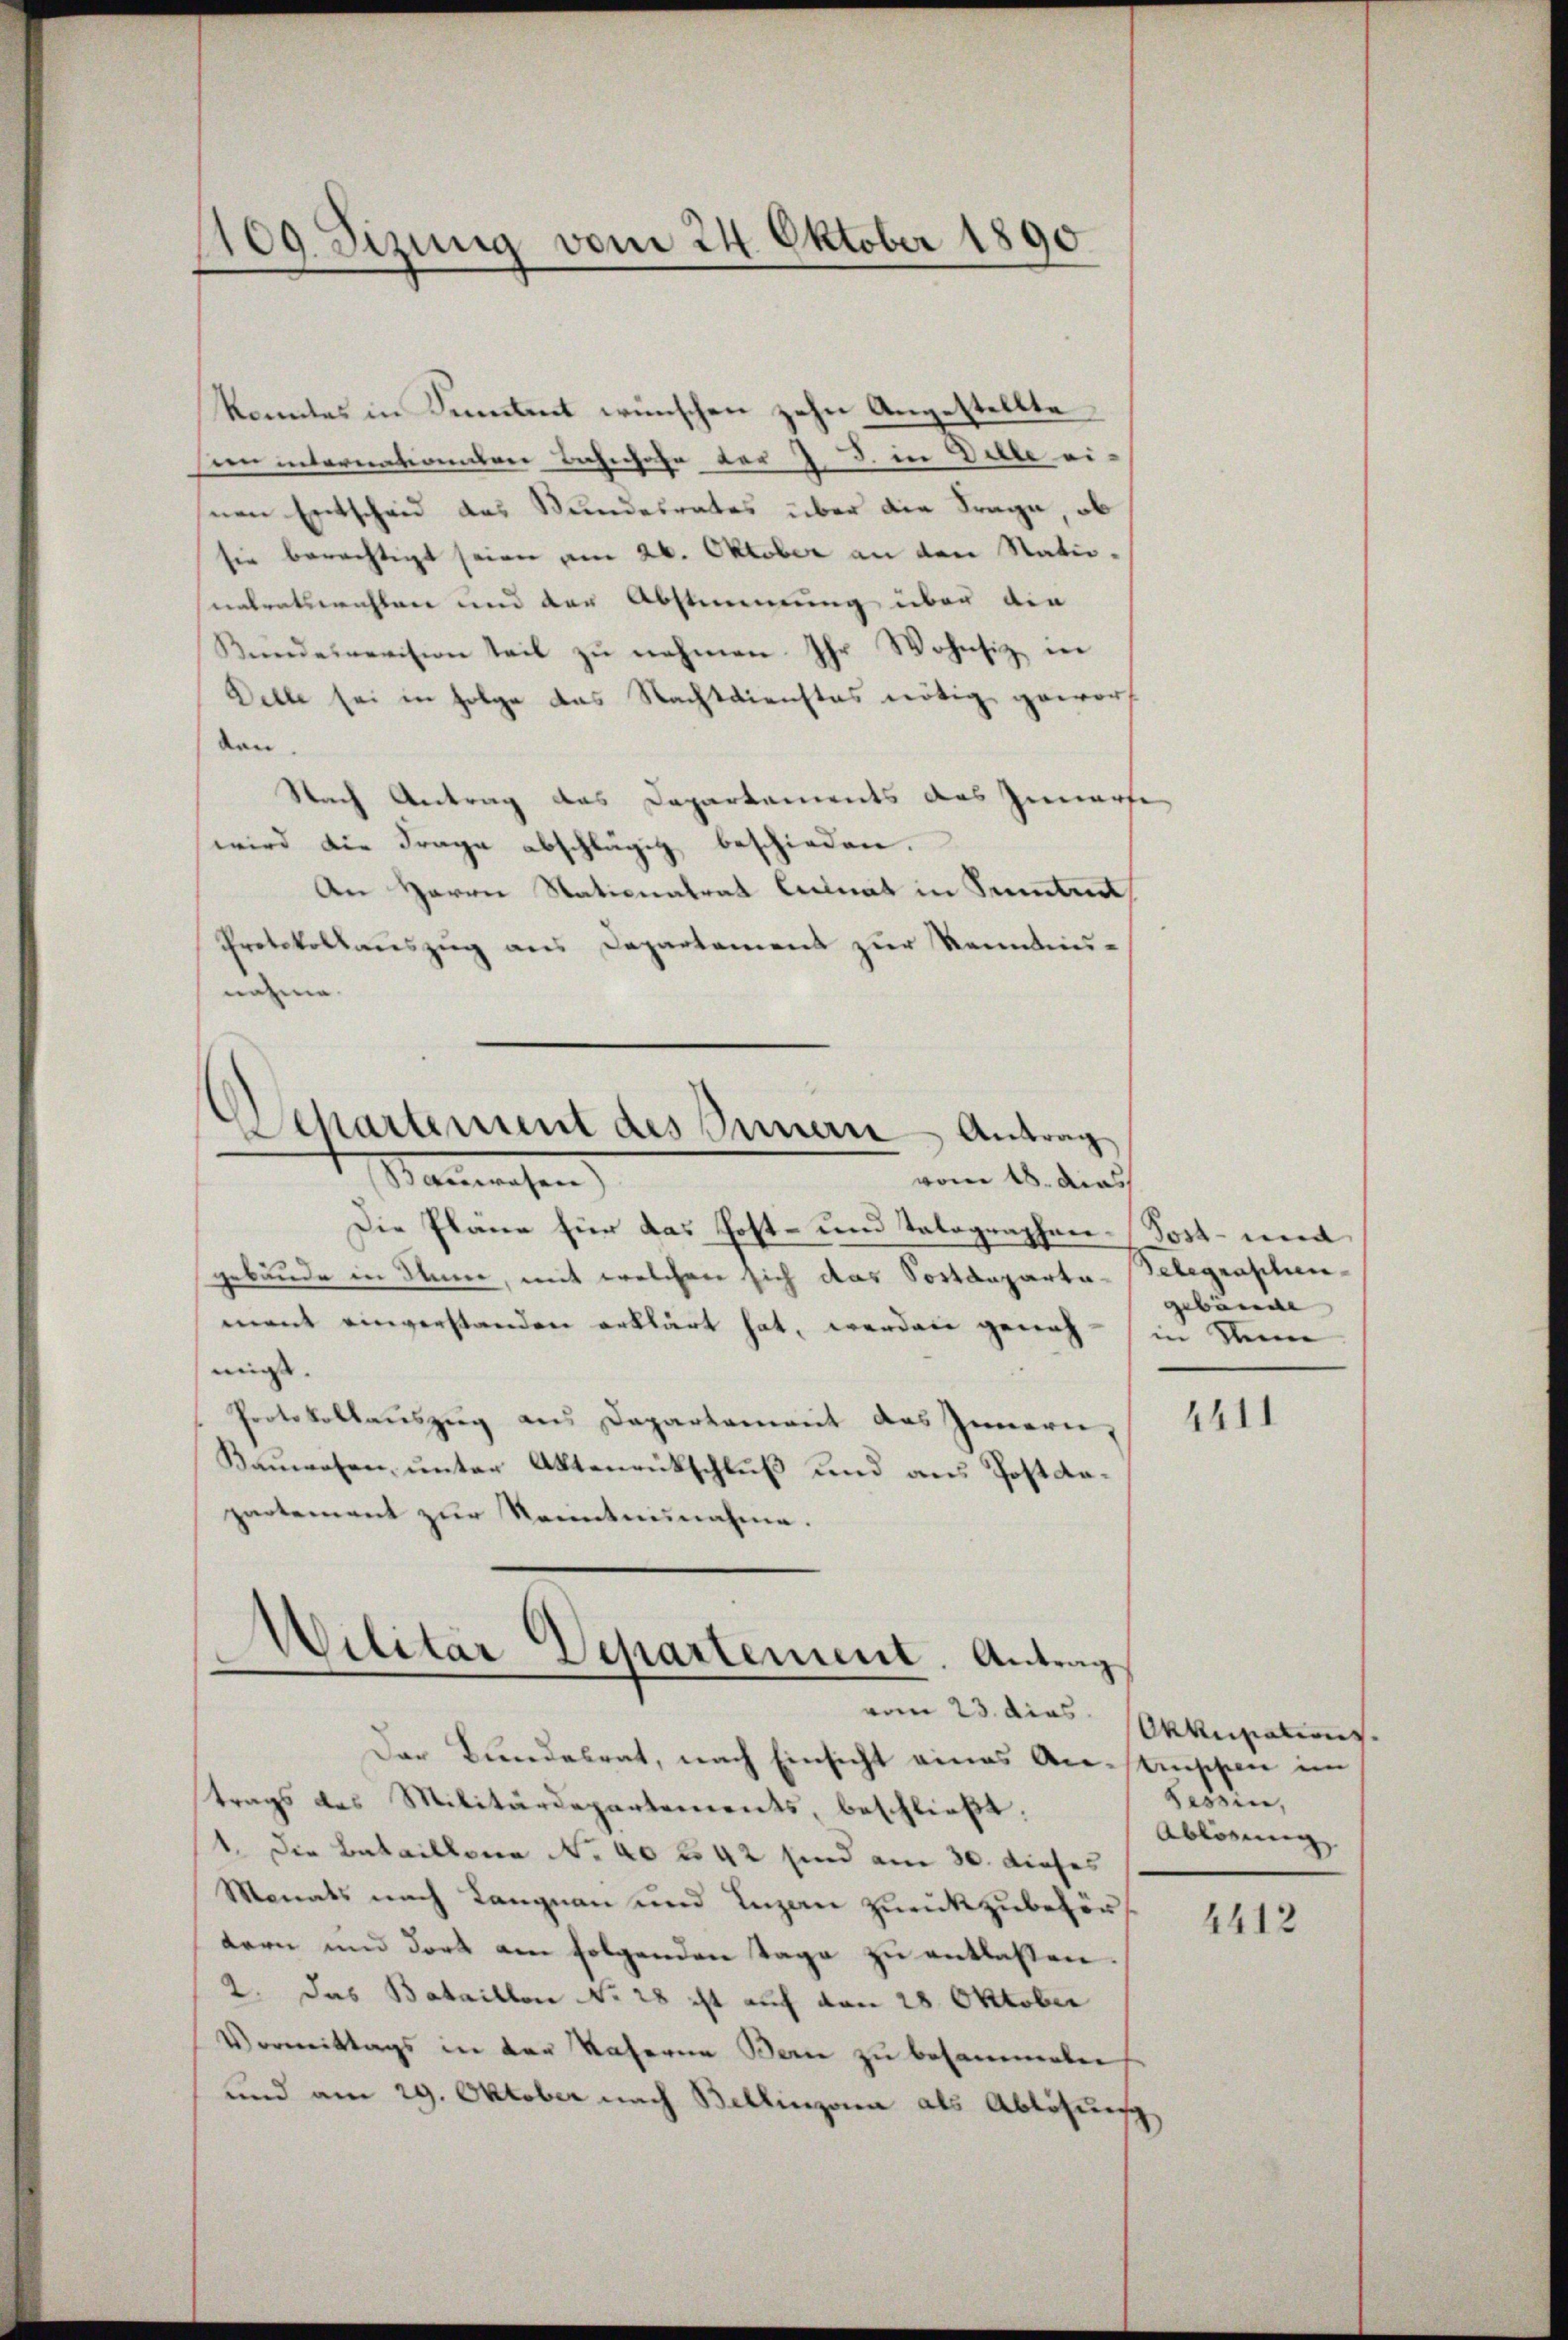
109. Sizung vom 24. Oktober 1890

konntes in Simet wünschen zehn Angestellte
den internationnter Bahnhofe der J. J. in Wille ei-
nen Entscheid das Wundesrates über die Frage, ob
sie berechtigt seien am 26. Oktober an den Natio-
natratswahlen und der Abstimmung über die
Kŭndenevision teil zŭ nehmen. Ihr Wohnsiz in
Delle sei in Folge das Nachtdienstes nötig geworf
den.
Nach Antrag das Departements das Zunarf
wird die Frage abschlägig beschieden.
An Herrn Nationatrat Einat in Samtreit
Protokollauszug aus Departement zur Kennten-
nahme.
Departement des Innern Antrag
Sanwesen
vom 18. dies
Die Pläne für das Post- und Tatographengebäude in Anne, mit welchen sich das Sostdeparta-
ment einverstanden erklärt hat, werden genehmis. |
Protokollauszug aus Departement des Innern,
Kauwesen, unter Aktenrütschluß und aus Postdapartement zur Kenntnisnahme.

Militar Departement. Antrag
vom 23. dies Okkupatis

Post- und
Gelegraphen
gebäude |
in kein

Der Bundesrat, nach Einsicht eines Antischen im
trags des Militärdepartements, beschließt:
1. Die Bataillona No. 40 n 42 sind am 30. dieses
Monats nach Langnau und Luzan zurückzubehörtern und dort am folgenden Tage zu entlassen.
2. das Bataillon No 28 ist auf den 28. Oktober
Vormittags in der Vaterne Bern zu besammeten
und am 29. Oktober nach Bellinzona als Ablösung,

4411

Tessin,
Ablösung

4412